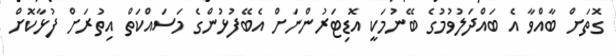
ގޮތަށް ބާއްވާ އެ ބައްދަލުވުމުގެ ބޭނުމަކީ އޮޑިޓަރުންނަށް އެބޭފުޅުންގެ މަސައްކަތް އިތުރަށް ފުޅާކޮށް